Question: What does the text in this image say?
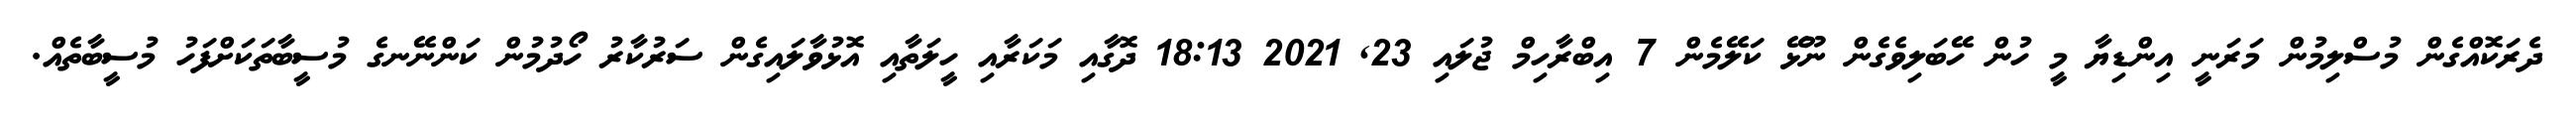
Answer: ދެރަކޮއްގެން މުސްލިމުން މަރަނީ އިންޑިޔާ މީ ހުން ހޭބަލިވެގެން ނޫޅޭ ކަލޭމެން 7 އިބްރާހިމް ޖުލައި 23, 2021 18:13 ދޮގާއި މަކަރާއި ހީލަތާއި އޮޅުވާލައިގެން ސަރުކާރު ހޯދުމުން ކަންނޭނގެ މުސީބާތަކަށްފަހު މުސީބާތެއް.